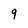
Character: 9